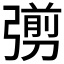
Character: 彅